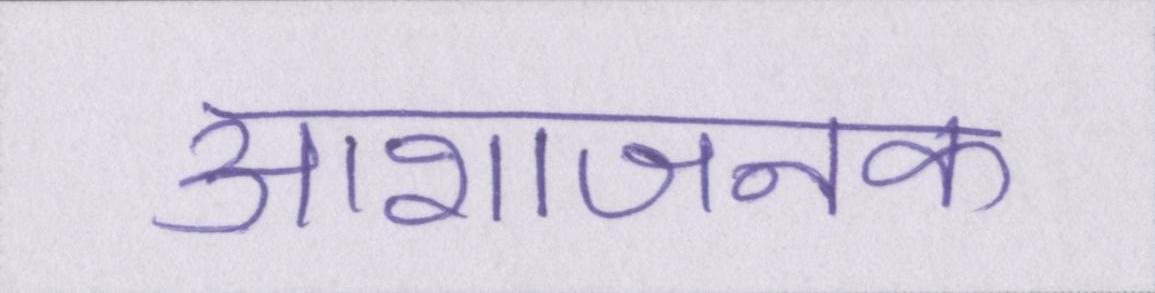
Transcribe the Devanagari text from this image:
आशाजनक